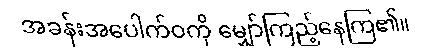
အခန်းအပေါက်ဝကို မျှော်ကြည့်နေကြ၏။